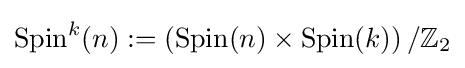
\operatorname {Spin} ^{k}(n):=\left(\operatorname {Spin} (n)\times \operatorname {Spin} (k)\right)/\mathbb {Z} _{2}